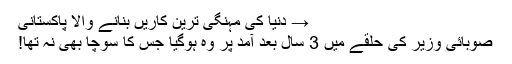
→ دنیا کی مہنگی ترین کاریں بنانے والا پاکستانی
صوبائی وزیر کی حلقے میں 3 سال بعد آمد پر وہ ہوگیا جس کا سوچا بھی نہ تھا!